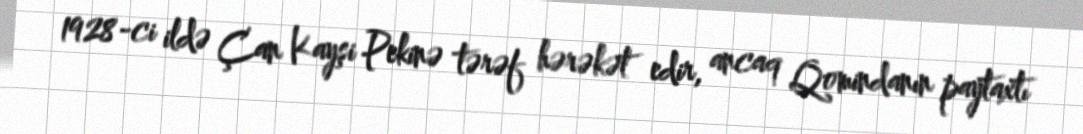
1928-ci ildə Çan Kayşi Pekinə tərəf hərəkət edir, ancaq Qomindanın paytaxtı